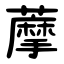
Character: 藦